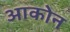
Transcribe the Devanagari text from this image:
आकोन